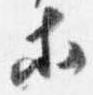
等